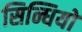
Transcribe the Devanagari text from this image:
सिन्धियों